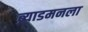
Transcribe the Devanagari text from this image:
ब्र्याडमनला